system: You are a helpful assistant.
user:
Analyze the provided spectrum to determine if it is a **M-type Giant (gM)**.

A M-type Giant spectrum is defined by its **strong molecular absorption** features, particularly from **Titanium Oxide (TiO)**. You must check for one of the following mutually exclusive signatures:

- **Key Visual Indicators (Absorption-Dominated Spectrum):**

    - **(Primary):** The spectrum is dominated by strong molecular absorption from **Titanium Oxide (TiO)**. This is the **defining feature** of its M-type temperature class.
        - **(Key Bandheads):** Look for sharp, "saw-tooth" absorption valleys. The strongest are located near **~7050 Å**, **~6160 Å**, and **~5170 Å**.
        - **(Line Profile):** The "saw-tooth" morphology is critical: a **sharp, steep drop on the BLUE (short-wavelength) side** of the bandhead, followed by a gradual recovery (rising flux) towards the RED (long-wavelength) side.

    - **(Key Confirmation - Giant vs. Dwarf):** **ABSENCE** of strong **Calcium Hydride (CaH)** molecular bands. This is the primary diagnostic for *excluding* M-dwarfs.
        - **(Key Region):** The spectrum should lack the strong, broad absorption band seen in dwarfs between **~6800 Å and ~7000 Å**.

    - **(Secondary Confirmation - Giant):** A very strong and broad **Neutral Calcium (Ca I)** atomic absorption line.
        - **(Key Line):** Located at **~4226 Å**. In a giant (gM), this line is significantly deeper and broader than the same line in an M-dwarf (dM) due to low surface gravity.

    - **(Overall Spectrum):**
        - The continuum is **extremely red-sloping** (i.e., flux is very low in the blue and rises dramatically towards the red).
        - The entire spectrum appears "chopped up" by the deep TiO bands.

Think first, call **spectral_visualization_tool** if needed to examine features in detail, then provide your final answer. Your response must adhere to the following strict rules:
1.  **Overall Structure:** Your response must follow the format `<think>...</think> <tool_call>...</tool_call> (if a tool is used) <answer>...</answer>`.
2.  **Tool Usage Constraint:** You may only make **one** tool call per turn.
3.  **Final Answer Format:** In the `<answer>` tag, your conclusion must be inside a `\boxed{}` command (e.g., `\boxed{YES}` or `\boxed{NO}`), followed by your justification.

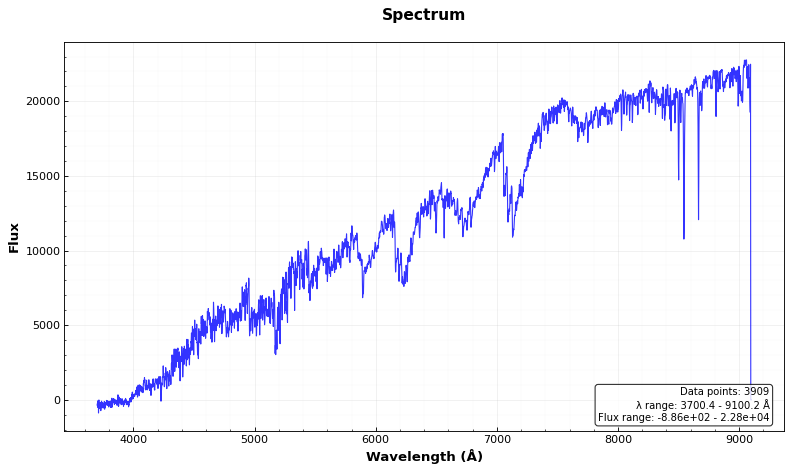
Answer: YES